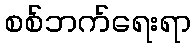
စစ်ဘက်ရေးရာ